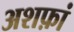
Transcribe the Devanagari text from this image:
अशफ़ां